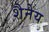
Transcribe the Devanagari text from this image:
शैनेय